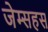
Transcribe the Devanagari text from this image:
जेम्सहस